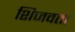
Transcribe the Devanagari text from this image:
शिजवता